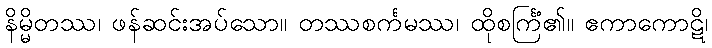
နိမ္မိတဿ၊ ဖန်ဆင်းအပ်သော။ တဿစင်္ကမဿ၊ ထိုစင်္ကြံ၏။ ဧကာကောဋိ၊